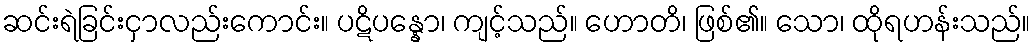
ဆင်းရဲခြင်းငှာလည်းကောင်း။ ပဋိပန္နော၊ ကျင့်သည်။ ဟောတိ၊ ဖြစ်၏။ သော၊ ထိုရဟန်းသည်။